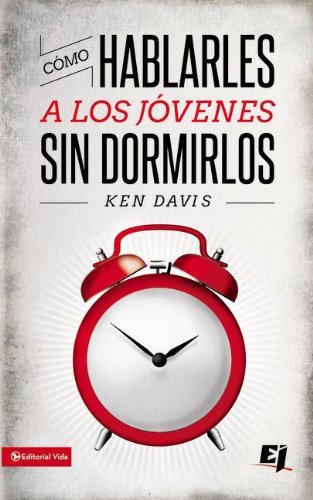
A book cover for CÃ³mo hablarles a los jÃ³venes sin dormirlos (Especialidades Juveniles) (Spanish Edition); Ken Davis; Religion & Spirituality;